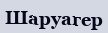
Шаруагер